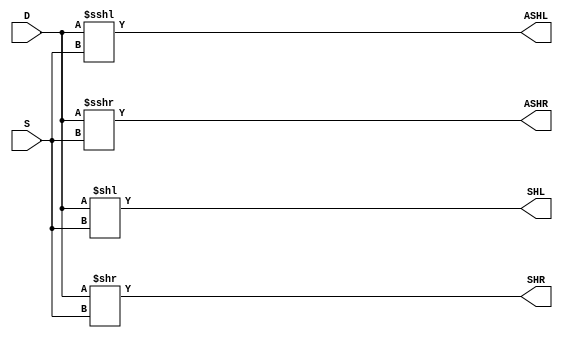
// This program was cloned from: https://github.com/steveicarus/ivtest
// License: GNU General Public License v2.0


/*
 * Generate a barrel shifter of arbitrary width.
 * T can be 0 for <<, 1 for >>, 2 for <<< or 3 for >>>.
 */
module shift
  #(parameter WI = 4, WS = 4, parameter WO = 6)
   (input wire [WI-1:0] D,
    input wire [WS-1:0] S,
    output wire [WO-1:0] SHL,
    output wire [WO-1:0] SHR,
    output wire signed [WO-1:0] ASHL,
    output wire signed [WO-1:0] ASHR
    /* */);

   wire signed [WI-1:0] DS;
   assign DS = D;

   assign SHL = D << S ;
   assign SHR = D >> S ;
   assign ASHL = DS <<< S ;
   assign ASHR = DS >>> S ;

endmodule